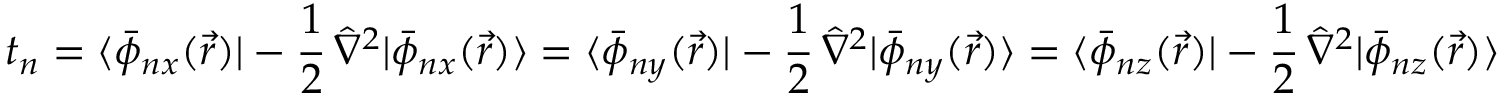
t _ { n } = \langle \bar { \phi } _ { n x } ( \vec { r } ) | - \frac { 1 } { 2 } \, \hat { \nabla } ^ { 2 } | \bar { \phi } _ { n x } ( \vec { r } ) \rangle = \langle \bar { \phi } _ { n y } ( \vec { r } ) | - \frac { 1 } { 2 } \, \hat { \nabla } ^ { 2 } | \bar { \phi } _ { n y } ( \vec { r } ) \rangle = \langle \bar { \phi } _ { n z } ( \vec { r } ) | - \frac { 1 } { 2 } \, \hat { \nabla } ^ { 2 } | \bar { \phi } _ { n z } ( \vec { r } ) \rangle